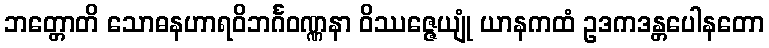
ဘတ္တောတိ သောဓနဟာရဝိဘင်္ဂဝဏ္ဏနာ ဝိဿဇ္ဇေယျုံ ယာနကထံ ဥဒကဒန္တပေါနတော